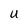
Character: U